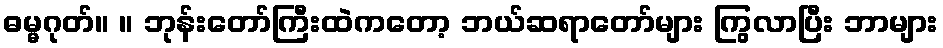
ဓမ္မဂုတ်။ ။ ဘုန်းတော်ကြီးထဲကတော့ ဘယ်ဆရာတော်များ ကြွလာပြီး ဘာများ